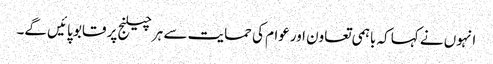
انہوں نے کہا کہ باہمی تعاون اورعوام کی حمایت سے ہر چیلنج پر قابو پائیں گے۔